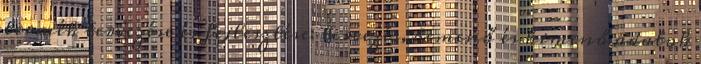
termék tervezése és fejlesztése: tervezés, bemenő és kimenő adatok